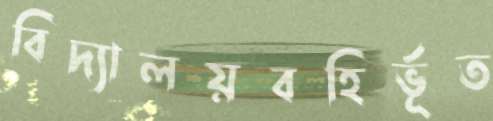
বিদ্যালয়বহির্ভূত